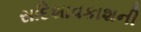
સદિશાવકાશની